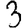
Digit: 3